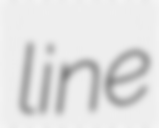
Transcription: line